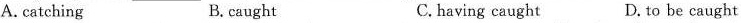
A.catching B. caught C.having caught D. to be caught